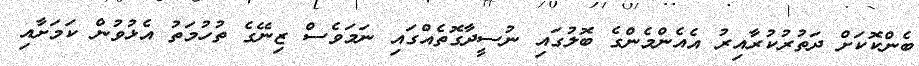
ބެންކޮކަށް ދަތުރުކުރާއިރު އެއެންމެންގެ ބޮލުގައި ނުސީދާގޮތެއްގައި ނަމަވެސް ޒިނޭގެ ތުހުމަތު އެޅުވުން ކަމަށާއި